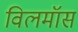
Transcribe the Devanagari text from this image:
विलमॉस